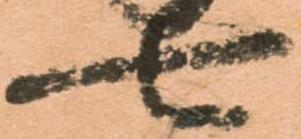
七